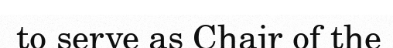
to serve as Chair of the